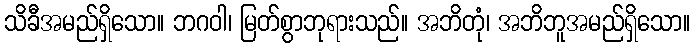
သိခီအမည်ရှိသော။ ဘဂဝါ၊ မြတ်စွာဘုရားသည်။ အဘိတုံ၊ အဘိဘူအမည်ရှိသော။